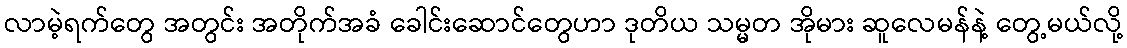
လာမဲ့ရက်တွေ အတွင်း အတိုက်အခံ ခေါင်းဆောင်တွေဟာ ဒုတိယ သမ္မတ အိုမား ဆူလေမန်နဲ့ တွေ့မယ်လို့